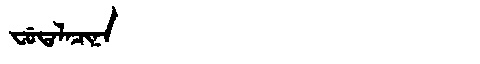
Manchu: ᠸᡠᡨᠠᠯᠠᠴᡳᠨᠠ
Romanization: FUTALACINA